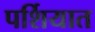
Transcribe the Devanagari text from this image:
पर्शियात